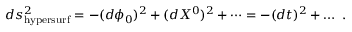
d s _ { \mathrm { h y p e r s u r f } } ^ { 2 } = - ( d \phi _ { 0 } ) ^ { 2 } + ( d X ^ { 0 } ) ^ { 2 } + \dots = - ( d t ) ^ { 2 } + \dots ~ .